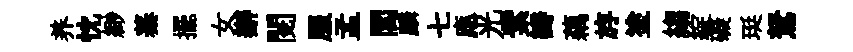
养忱緲蓁擺女辦閲服孟閭麟七應光紫瓣藕斿塗縐綻礙珽駑